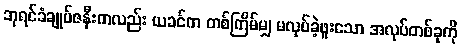
ဘုရင်ခံချုပ်ဇနီးကလည်း ယခင်က တစ်ကြိမ်မျှ မလုပ်ခဲ့ဖူးသော အလုပ်တစ်ခုကို